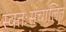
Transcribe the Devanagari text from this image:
स्वतःसंचालित